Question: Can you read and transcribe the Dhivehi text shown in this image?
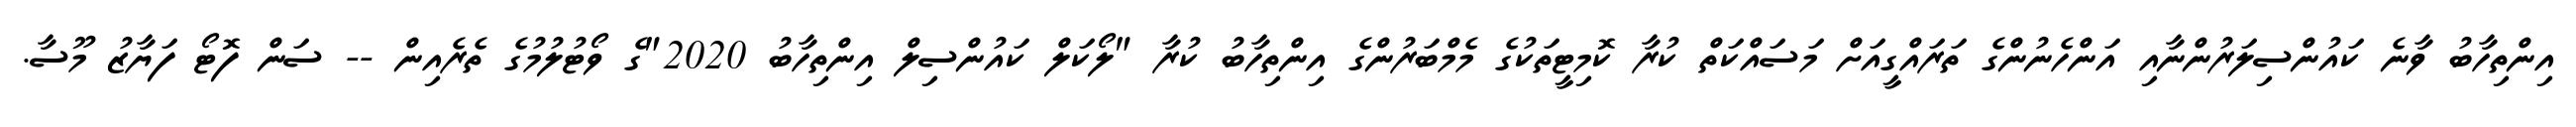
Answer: އިންތިހާބު ވާނެ ކައުންސިލަރުންނާއި އަންހެނުންގެ ތަރައްގީއަށް މަސައްކަތް ކުރާ ކޮމިޓީތަކުގެ މެމްބަރުންގެ އިންތިހާބު ކުރާ "ލޯކަލް ކައުންސިލް އިންތިހާބު 2020"ގެ ވޯޓުލުމުގެ ތެރެއިން -- ސަން ފޮޓޯ ފަޔާޒު މޫސާ.